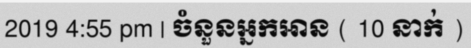
2019 4:55 pm | ចំនួនអ្នកអាន ( 10 នាក់ )